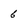
Character: 6